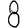
Digit: 8